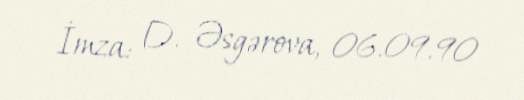
İmza: D. Əsgərova, 06.09.90